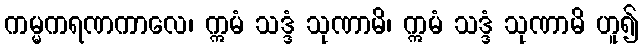
ကမ္မကရဏကာလေ၊ ဣမံ သဒ္ဒံ သုဏာမိ၊ ဣမံ သဒ္ဒံ သုဏာမိ ဟူ၍